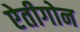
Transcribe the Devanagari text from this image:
ऐतीगोन